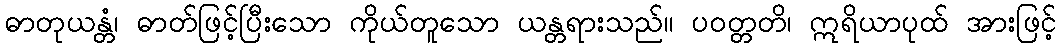
ဓာတုယန္တံ၊ ဓာတ်ဖြင့်ပြီးသော ကိုယ်တူသော ယန္တရားသည်။ ပဝတ္တတိ၊ ဣရိယာပုထ် အားဖြင့်